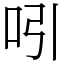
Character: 吲